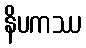
နိပကဿ